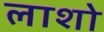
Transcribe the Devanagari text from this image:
लाशो